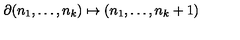
\partial ( n _ { 1 } , \dots , n _ { k } ) \mapsto ( n _ { 1 } , \dots , n _ { k } + 1 )